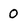
Character: O